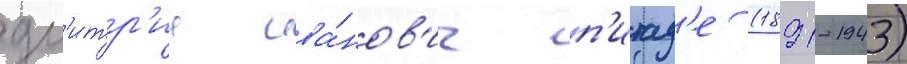
дм'итр'ии ива́нов'ич п'итад'е (1891-1943)